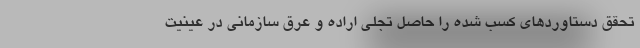
تحقق دستاوردهای کسب شده را حاصل تجلی اراده و عِرق سازمانی در عینیت